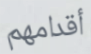
أقدامهم